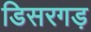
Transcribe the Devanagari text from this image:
डिसरगड़